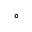
^ { \circ }